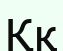
Ққ